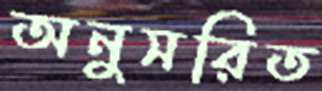
অনুসরিত